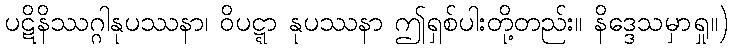
ပဋိနိဿဂ္ဂါနုပဿနာ၊ ဝိပဋ္ဋာ နုပဿနာ ဤရှစ်ပါးတို့တည်း။ နိဒ္ဒေသမှာရှု။)